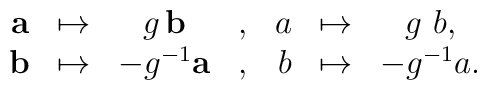
\begin{array}{rcccrcc}  {\bf a} &\mapsto&    g \, {\bf b}  &, & a & \mapsto & g \ b ,\cr  {\bf b} &\mapsto&  - g^{-1} {\bf a}&, & b &\mapsto&  - g^{-1} a .\end{array}